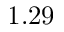
1 . 2 9